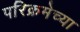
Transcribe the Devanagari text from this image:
परिक्रमेच्या